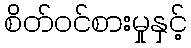
စိတ်ဝင်စားမှုနှင့်